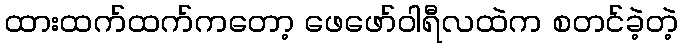
ထားထက်ထက်ကတော့ ဖေဖော်ဝါရီလထဲက စတင်ခဲ့တဲ့